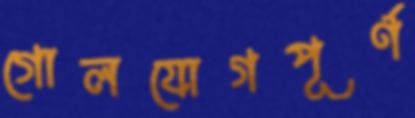
গোলযোগপূর্ণ